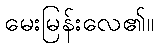
မေးမြန်းလေ၏။